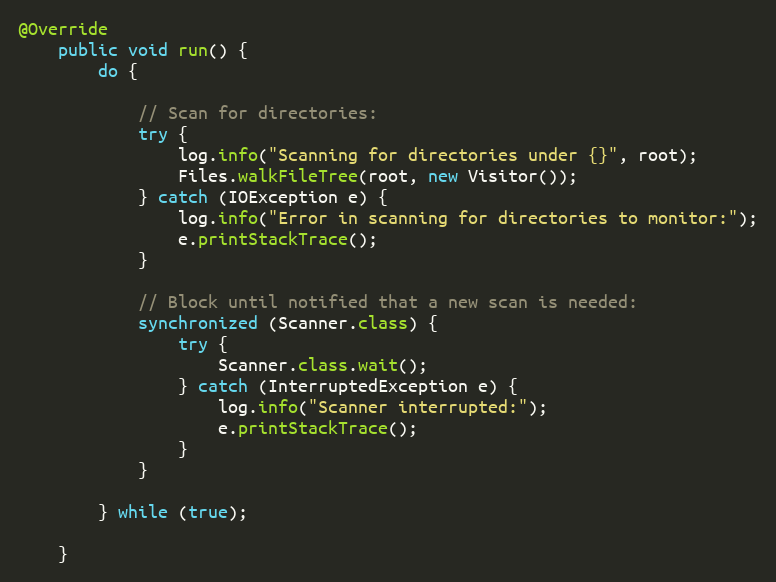
Language: Java
@Override
    public void run() {
        do {

            // Scan for directories:
            try {
                log.info("Scanning for directories under {}", root);
                Files.walkFileTree(root, new Visitor());
            } catch (IOException e) {
                log.info("Error in scanning for directories to monitor:");
                e.printStackTrace();
            }

            // Block until notified that a new scan is needed:
            synchronized (Scanner.class) {
                try {
                    Scanner.class.wait();
                } catch (InterruptedException e) {
                    log.info("Scanner interrupted:");
                    e.printStackTrace();
                }
            }

        } while (true);

    }